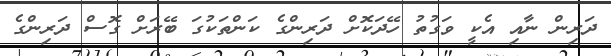
ދަރިން ނާއި އެކީ ވަގުތު ހޭދަކޮށް ދަރިންގެ ކަންތަކުގަ ބޭރަށް ގޮސް ދަރިންގެ